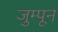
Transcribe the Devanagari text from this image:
जुम्पून